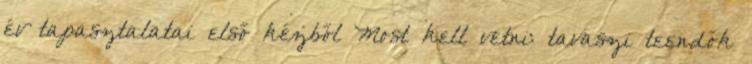
év tapasztalatai első kézből Most kell vetni: tavaszi teendők